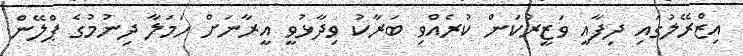
އިޒްރޭލުގައި ދިފާއީ ވަޒީރުކަން ކުރެއްވި ބަރާކު ވިދާޅުވީ އީރާނަށް ހަމަލާ ދިނުމުގެ ޕްލޭން